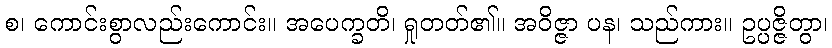
စ၊ ကောင်းစွာလည်းကောင်း။ အပေက္ခတိ၊ ရှုတတ်၏။ အဝိဇ္ဇာ ပန၊ သည်ကား။ ဥပ္ပဇ္ဇိတွာ၊